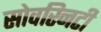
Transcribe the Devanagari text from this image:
सोवरिनटी